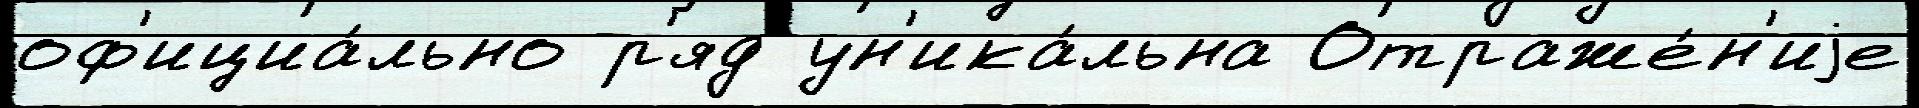
оф'ициа́льно р'яд ун'ика́льна Отраже́н'иjе